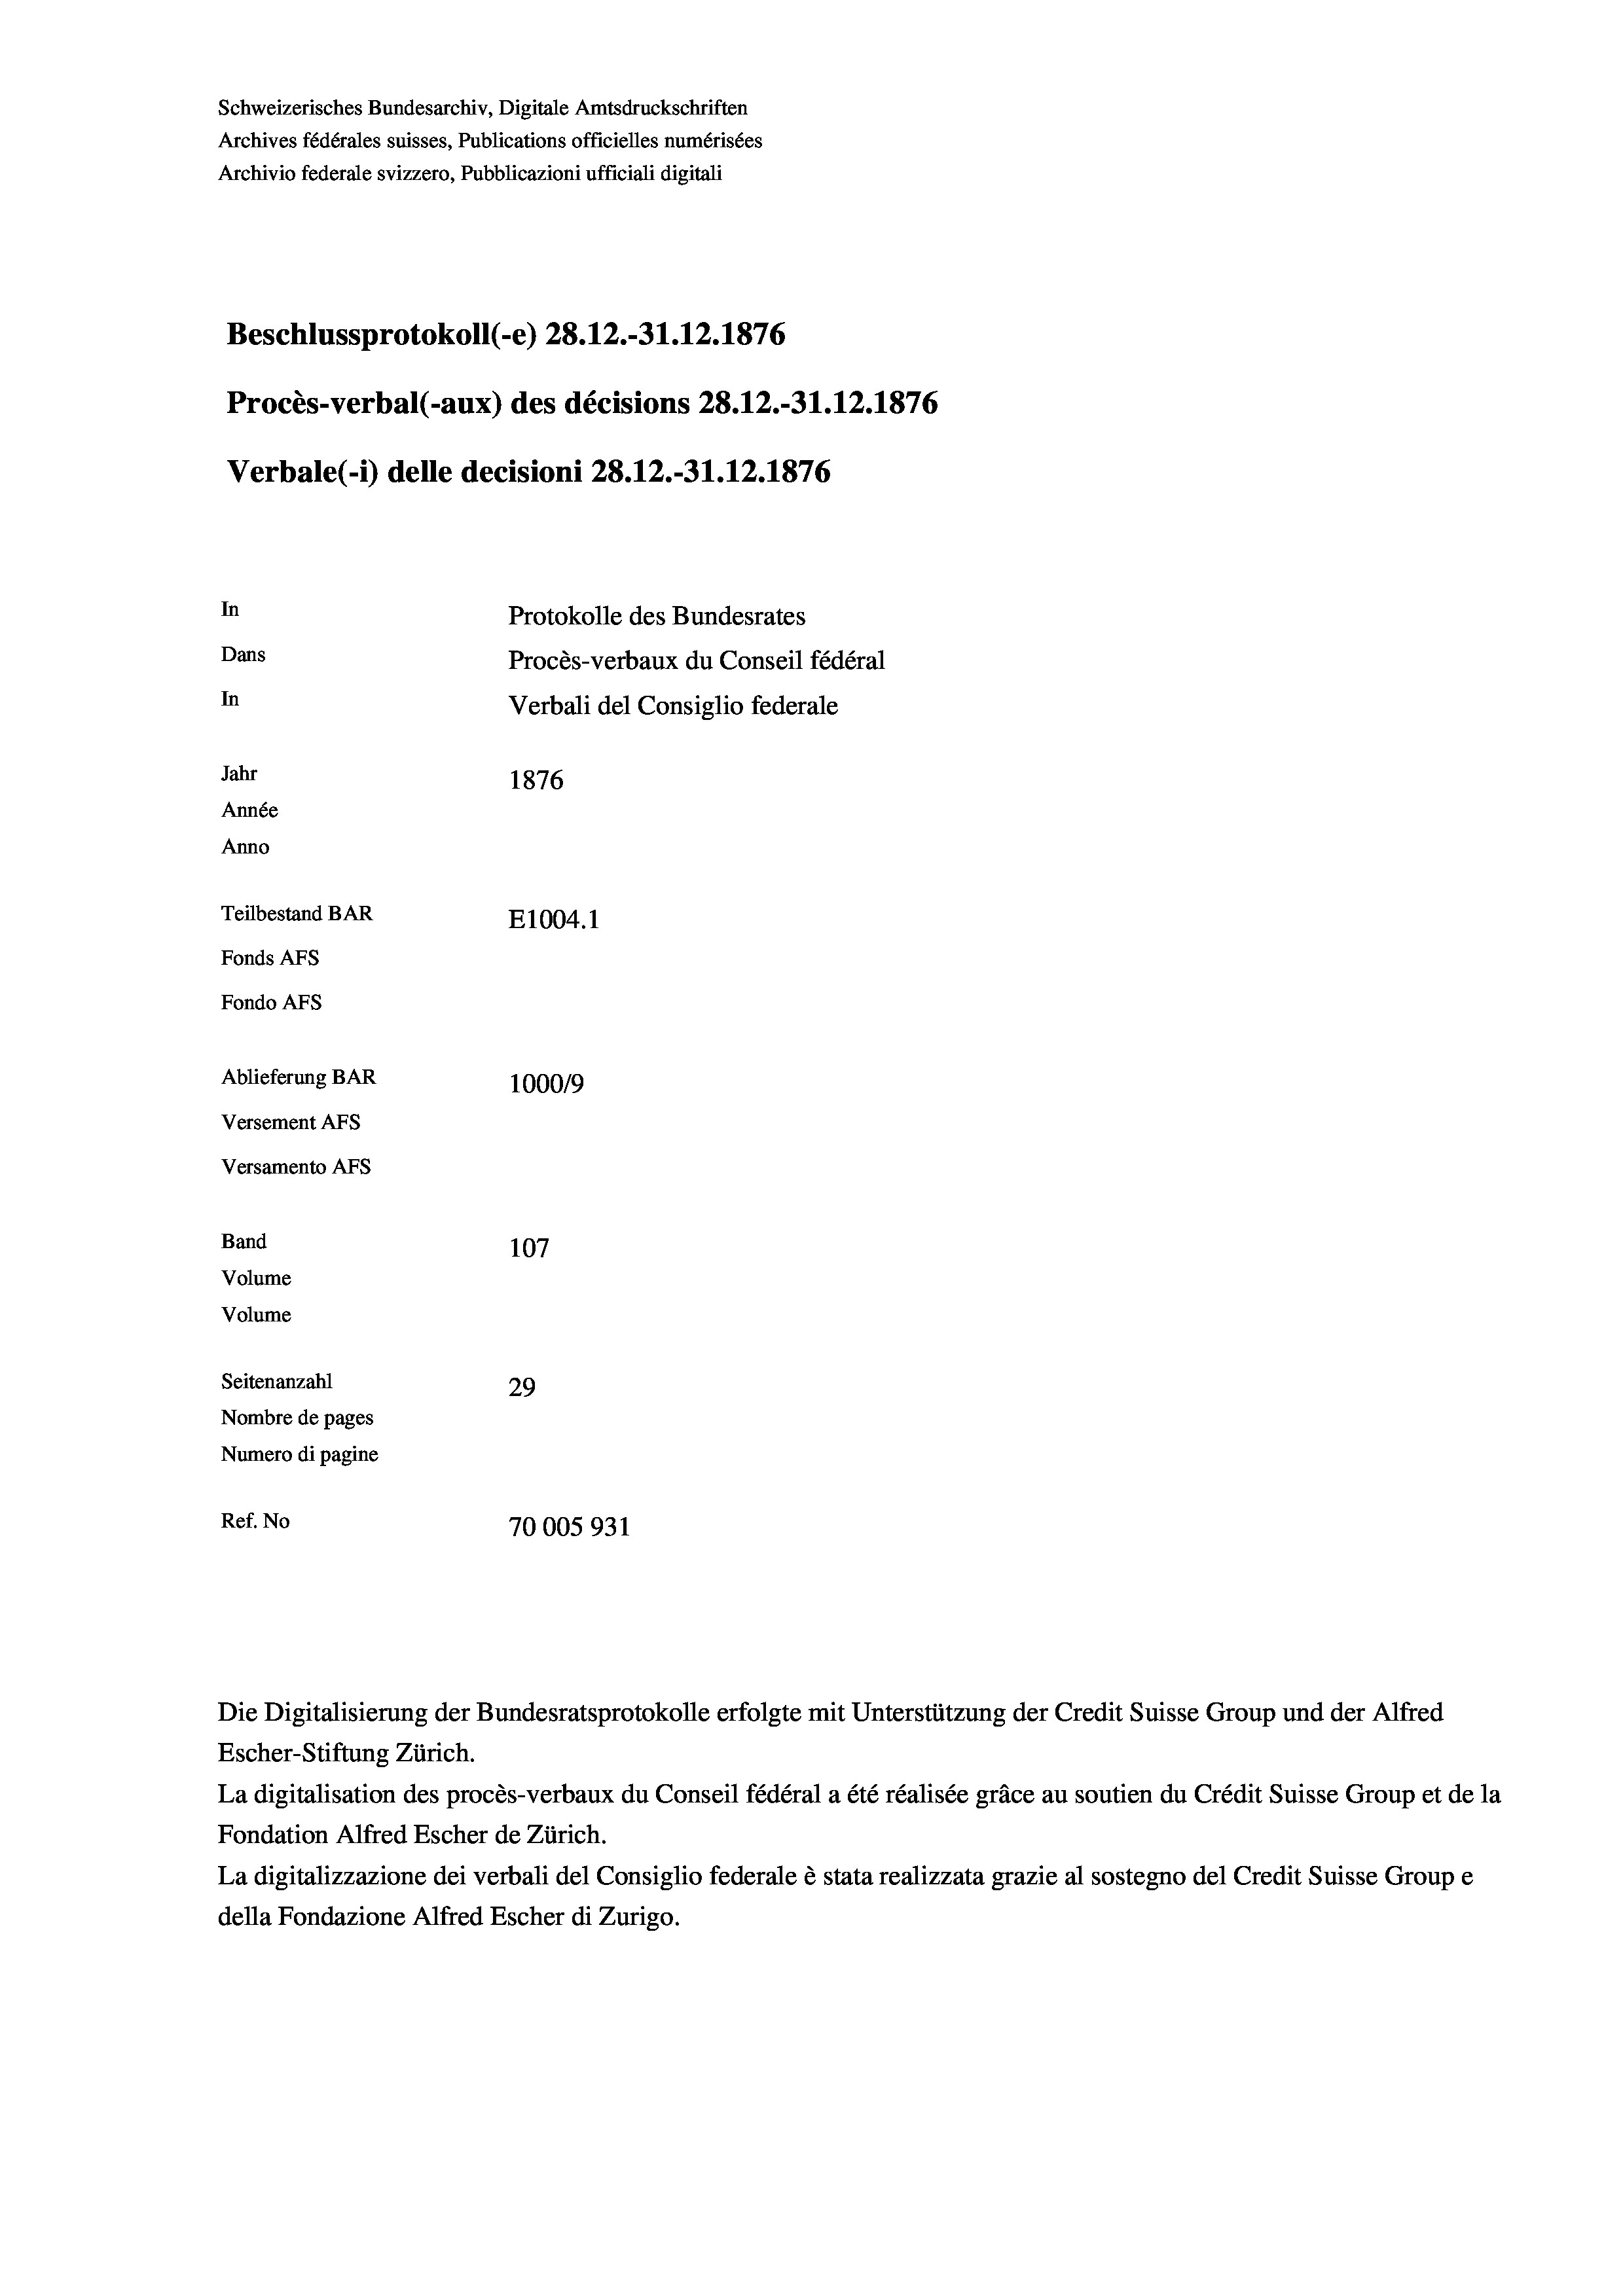
Schweizerisches Bundesarchiv, Digitale Amtsdruckschriften
Archives fédérales suisses, Publications officielles numérisées
Archivio federale svizzero, Pubblicazioni ufficiali digitali
Beschlussprotokoll (-e) 28. 12.-31.12.1876
Procès-verbal (-aux) des décisions 28.12.-31.12.1876
Verbale (- 1) delle decisioni 28. 12.-31.12.1876
In
Protokolle des Bundesrates
Dans
Procès-verbaux du Conseil fédéral
In
Verbali del Consiglio federale
Jahr
1876
Année
Anno
Teilbestand BAR
E1004.1
Fonds AFs
Fondo Afs
Ablieferung BAR
100019
Versement AFs
Versamento Afs
Band
107
Volume
Volume
Seitenanzahl
29
Nombre de pages
Numero di pagine
Ref. No
70005931

Die Digitalisierung der Bundesratsprotokolle erfolgte mit Unterstützung der Credit Suisse Group und der Alfred

Escher-Stiftung Zürich.
La digitalisation des procès-verbaux du Conseil fédéral a été réalisée gräce au soutien du Crédit Suisse Group et de la
Fondation Alfred Escher de Zürich.
La digitalizzazione dei verbali del Consiglio federale è stata realizzata grazie al sostegno del Credit Suisse Groupe
della Fondazione Alfred Escher di Zurigo.